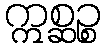
ဣစ္ဆဉ္စ